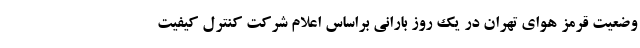
وضعیت قرمز هوای تهران در یک روز بارانی براساس اعلام شرکت کنترل کیفیت